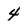
Character: 4